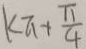
k \pi + \frac { \pi } { 4 }